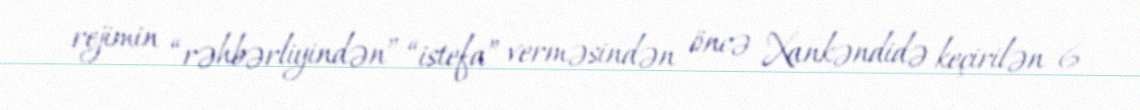
rejimin “rəhbərliyindən” “istefa” verməsindən öncə Xankəndidə keçirilən 6